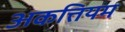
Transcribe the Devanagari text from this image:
अकत्तियम